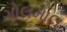
ગોલમાલ